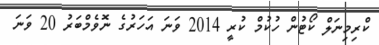
ކްރިމިނަލް ކޯޓުން ހުކުމް ކުރީ 2014 ވަނަ އަހަރުގެ ނޮވެމްބަރު 20 ވަނަ